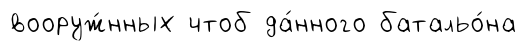
вооруж́нных чтоб да́нного батальо́на